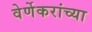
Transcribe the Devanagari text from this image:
वेर्णेकरांच्या